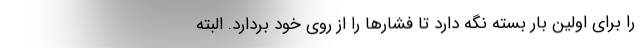
را برای اولین بار بسته نگه دارد تا فشارها را از روی خود بردارد. البته